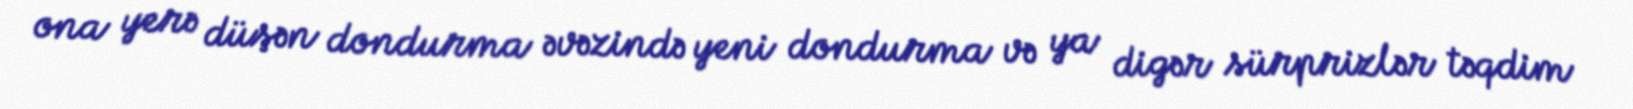
ona yerə düşən dondurma əvəzində yeni dondurma və ya digər sürprizlər təqdim